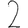
Digit: 2